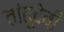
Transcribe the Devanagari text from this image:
तांतूदेवी